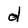
Character: d